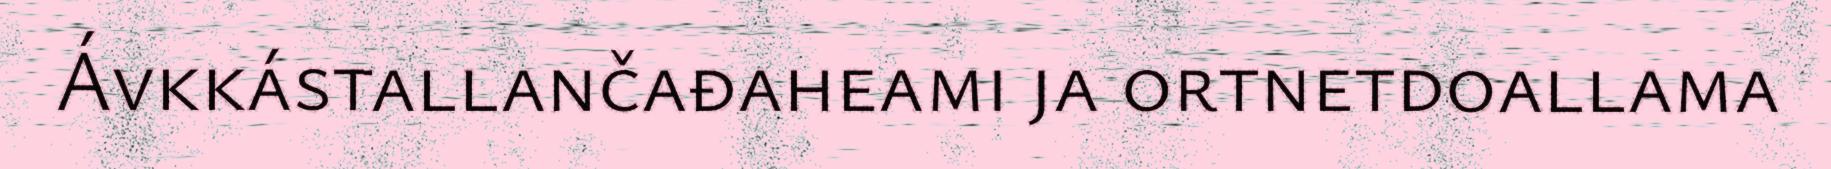
Ávkkástallančađaheami ja ortnetdoallama